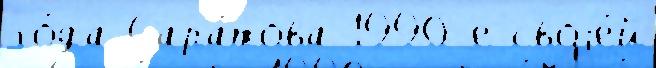
го́да Сара́това 1990-е своjе́й